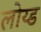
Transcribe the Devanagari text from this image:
लोय्ड